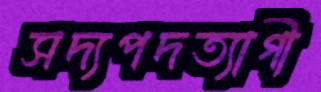
সদ্যপদত্যাগী